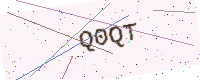
Text: Q0QT